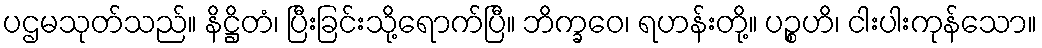
ပဌမသုတ်သည်။ နိဋ္ဌိတံ၊ ပြီးခြင်းသို့ရောက်ပြီ။ ဘိက္ခဝေ၊ ရဟန်းတို့။ ပဉ္စဟိ၊ ငါးပါးကုန်သော။